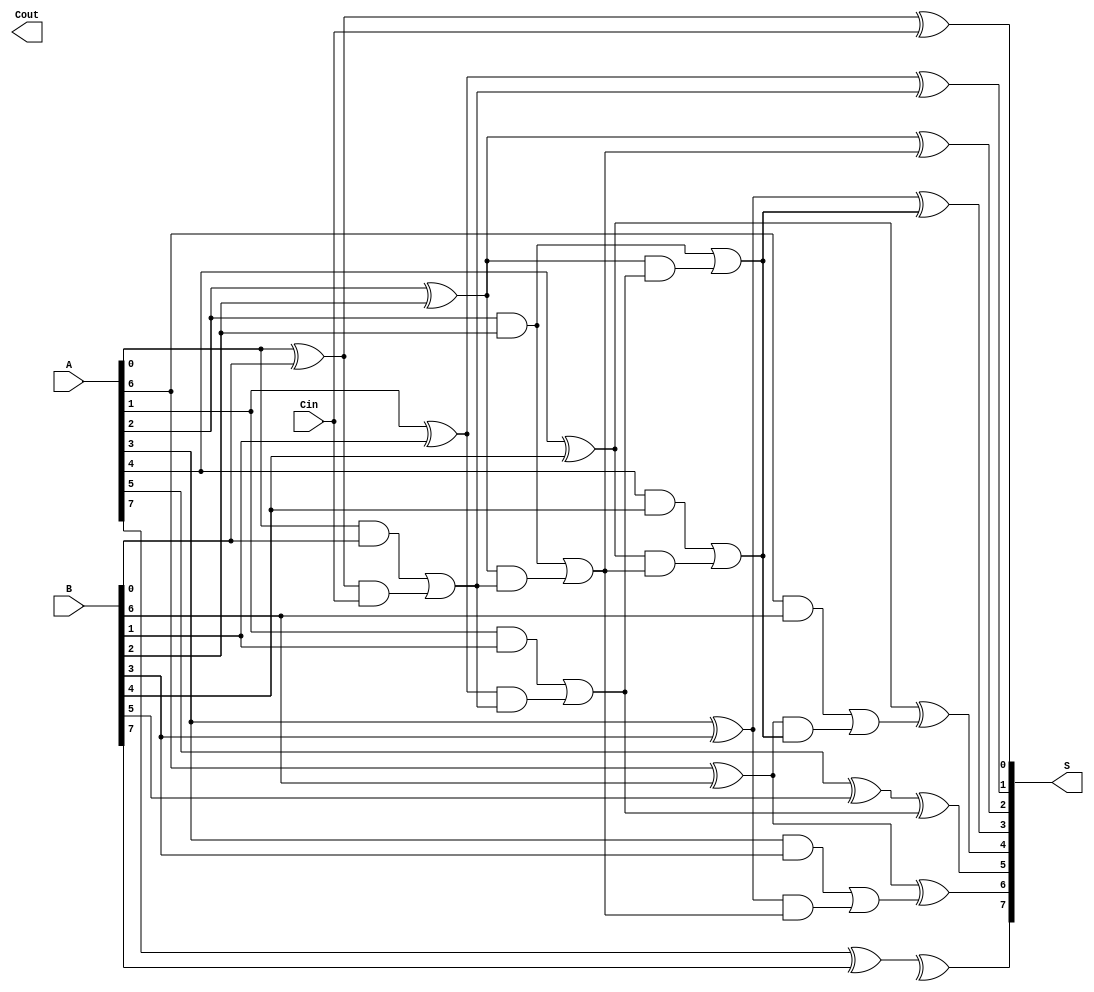
module BrentKungAdder #(parameter n = 8) (
    input  wire [n-1:0] A,     // First n-bit input
    input  wire [n-1:0] B,     // Second n-bit input
    input  wire Cin,           // Carry input
    output wire [n-1:0] S,     // Sum output
    output wire Cout           // Carry output
);

    // Generate and propagate signals
    wire [n-1:0] G; // Generate signals
    wire [n-1:0] P; // Propagate signals
    wire [n:0] C;   // Carry signals

    // Generate and propagate calculations
    genvar i;
    generate
        for (i = 0; i < n; i = i + 1) begin : gen_prop
            assign G[i] = A[i] & B[i]; // Generate
            assign P[i] = A[i] ^ B[i]; // Propagate
        end
    endgenerate

    // Carry initialization
    assign C[0] = Cin; // Initial carry input

    // Carry calculation using Brent-Kung algorithm
    // Level 1
    generate
        for (i = 0; i < n/2; i = i + 1) begin : level1
            assign C[i + 1] = G[2*i] | (P[2*i] & C[i]);
        end
    endgenerate

    // Level 2
    generate
        for (i = 0; i < n/4; i = i + 1) begin : level2
            assign C[i + 1 + n/2] = G[2*i + 1] | (P[2*i + 1] & C[i + 1]);
        end
    endgenerate

    // Level 3
    generate
        for (i = 0; i < n/8; i = i + 1) begin : level3
            assign C[i + 1 + n/4] = G[2*i + 2] | (P[2*i + 2] & C[i + 1 + n/2]);
        end
    endgenerate

    // Final carry output
    assign Cout = C[n];

    // Sum calculation
    generate
        for (i = 0; i < n; i = i + 1) begin : sum_calc
            assign S[i] = P[i] ^ C[i]; // Sum
        end
    endgenerate

endmodule